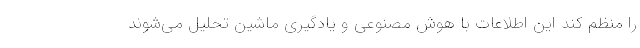
را منظم کند این اطلاعات با هوش مصنوعی و یادگیری ماشین تحلیل می‌شوند